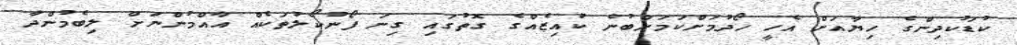
ކުޑަކުދިންގެ ހިޔާއަށް އެހީ ހޯދުމަށްކަމަށްބުނެ ކުއިޒެއްގެ ގޮތުގައި ގިނަ ފޯނުކޯލުތަކެއް އާއްމުންނަށް ލިބެމުންދާ